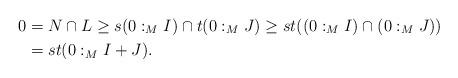
LaTeX: \begin{align*}0&=N\cap L\geq s(0:_{M}I)\cap t(0:_{M}J)\geq st((0:_{M}I)\cap (0:_{M}J))\\&=st(0:_{M}I+J).\end{align*}